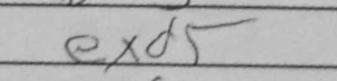
Transcription: exd5